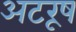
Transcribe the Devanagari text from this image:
अटरूष